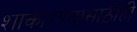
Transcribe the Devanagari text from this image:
शाकारण्यासाठीही